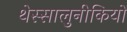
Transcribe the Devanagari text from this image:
थेस्सालुनीकियों